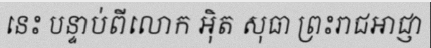
នេះ បន្ទាប់ពីលោក អ៊ិត សុធា ព្រះរាជអាជ្ញា